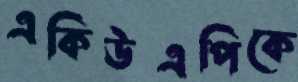
একিউএপিকে